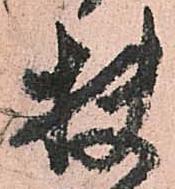
扶